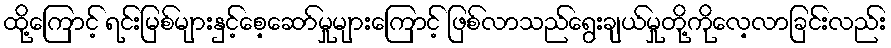
ထို့ကြောင့် ရင်းမြစ်များနှင့်စေ့ဆော်မှုများကြောင့် ဖြစ်လာသည်ရွေးချယ်မှုတို့ကိုလေ့လာခြင်းလည်း